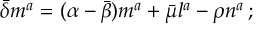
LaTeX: { \bar { \delta } } m ^ { a } = ( \alpha - { \bar { \beta } } ) m ^ { a } + { \bar { \mu } } l ^ { a } - \rho n ^ { a } \, ;